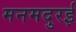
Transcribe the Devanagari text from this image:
मनमदुरई